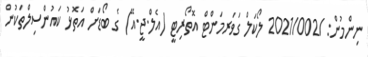
ނިންމުން: /2021/002 ލޯކަލް ގަވަރމަންޓް އޮތޯރިޓީ (އެލް.ޖީ.އޭ) ގެ ބޯޑަށް އަތޮޅު ކައުންސިލްތަކުން